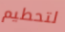
لتحطيم